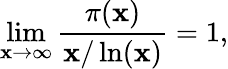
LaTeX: \operatorname*{lim}_{\mathbf{x}\to\infty}{\frac{{\pi(\mathbf{x})}}{{\mathbf{x}/\ln(\mathbf{x})}}}=1,